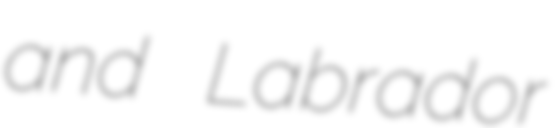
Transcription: and Labrador